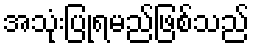
အသုံးပြုရမည်ဖြစ်သည်